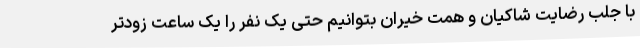
با جلب رضایت شاکیان و همت خیران بتوانیم حتی یک نفر را یک ساعت زودتر